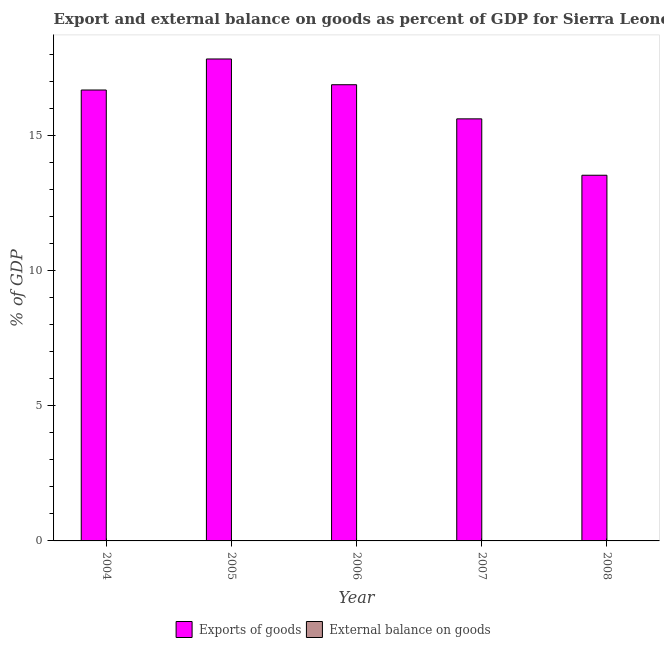
| Year | Exports of goods | External balance on goods |
 | --- | --- | --- |
 | 2004 | 16.7 | -12.8 |
 | 2005 | 17.8 | -11.9 |
 | 2006 | 16.9 | -8.18 |
 | 2007 | 15.6 | -9.09 |
 | 2008 | 13.5 | -12.2 |